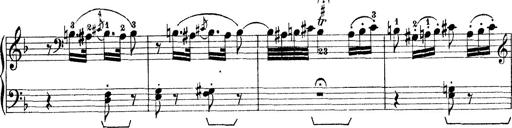
Title: Rapsodie: 19 ungheresi, 1 spagnuola
Composer: Franz Liszt